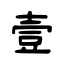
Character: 壹